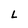
Character: L